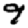
Digit: 9